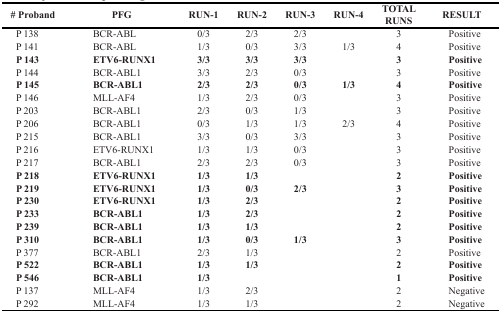
<table><thead><tr><td><b># Proband</b></td><td><b>PFG</b></td><td><b>RUN-1</b></td><td><b>RUN-2</b></td><td><b>RUN-3</b></td><td><b>RUN-4</b></td><td><b>TOTAL RUNS</b></td><td><b>RESULT</b></td></tr></thead><tbody><tr><td>P 138</td><td>BCR-ABL</td><td>0/3</td><td>2/3</td><td>2/3</td><td>[EMPTY_CELL]</td><td>3</td><td>Positive</td></tr><tr><td>P 141</td><td>BCR-ABL</td><td>1/3</td><td>0/3</td><td>3/3</td><td>1/3</td><td>4</td><td>Positive</td></tr><tr><td><b>P 143</b></td><td><b>ETV6-RUNX1</b></td><td><b>3/3</b></td><td><b>3/3</b></td><td><b>3/3</b></td><td>[EMPTY_CELL]</td><td><b>3</b></td><td><b>Positive</b></td></tr><tr><td>P 144</td><td>BCR-ABL1</td><td>3/3</td><td>2/3</td><td>0/3</td><td>[EMPTY_CELL]</td><td>3</td><td>Positive</td></tr><tr><td><b>P 145</b></td><td><b>BCR-ABL1</b></td><td><b>2/3</b></td><td><b>2/3</b></td><td><b>0/3</b></td><td><b>1/3</b></td><td><b>4</b></td><td><b>Positive</b></td></tr><tr><td>P 146</td><td>MLL-AF4</td><td>1/3</td><td>2/3</td><td>0/3</td><td>[EMPTY_CELL]</td><td>3</td><td>Positive</td></tr><tr><td>P 203</td><td>BCR-ABL1</td><td>2/3</td><td>0/3</td><td>1/3</td><td>[EMPTY_CELL]</td><td>3</td><td>Positive</td></tr><tr><td>P 206</td><td>BCR-ABL1</td><td>0/3</td><td>1/3</td><td>1/3</td><td>2/3</td><td>4</td><td>Positive</td></tr><tr><td>P 215</td><td>BCR-ABL1</td><td>3/3</td><td>0/3</td><td>3/3</td><td>[EMPTY_CELL]</td><td>3</td><td>Positive</td></tr><tr><td>P 216</td><td>ETV6-RUNX1</td><td>1/3</td><td>1/3</td><td>0/3</td><td>[EMPTY_CELL]</td><td>3</td><td>Positive</td></tr><tr><td>P 217</td><td>BCR-ABL1</td><td>2/3</td><td>2/3</td><td>0/3</td><td>[EMPTY_CELL]</td><td>3</td><td>Positive</td></tr><tr><td><b>P 218</b></td><td><b>ETV6-RUNX1</b></td><td><b>1/3</b></td><td><b>1/3</b></td><td>[EMPTY_CELL]</td><td>[EMPTY_CELL]</td><td><b>2</b></td><td><b>Positive</b></td></tr><tr><td><b>P 219</b></td><td><b>ETV6-RUNX1</b></td><td><b>1/3</b></td><td><b>0/3</b></td><td><b>2/3</b></td><td>[EMPTY_CELL]</td><td><b>3</b></td><td><b>Positive</b></td></tr><tr><td><b>P 230</b></td><td><b>ETV6-RUNX1</b></td><td><b>1/3</b></td><td><b>2/3</b></td><td>[EMPTY_CELL]</td><td>[EMPTY_CELL]</td><td><b>2</b></td><td><b>Positive</b></td></tr><tr><td><b>P 233</b></td><td><b>BCR-ABL1</b></td><td><b>1/3</b></td><td><b>2/3</b></td><td>[EMPTY_CELL]</td><td>[EMPTY_CELL]</td><td><b>2</b></td><td><b>Positive</b></td></tr><tr><td><b>P 239</b></td><td><b>BCR-ABL1</b></td><td><b>1/3</b></td><td><b>1/3</b></td><td>[EMPTY_CELL]</td><td>[EMPTY_CELL]</td><td><b>2</b></td><td><b>Positive</b></td></tr><tr><td><b>P 310</b></td><td><b>BCR-ABL1</b></td><td><b>1/3</b></td><td><b>0/3</b></td><td><b>1/3</b></td><td>[EMPTY_CELL]</td><td><b>3</b></td><td><b>Positive</b></td></tr><tr><td>P 377</td><td>BCR-ABL1</td><td>2/3</td><td>1/3</td><td>[EMPTY_CELL]</td><td>[EMPTY_CELL]</td><td>2</td><td>Positive</td></tr><tr><td><b>P 522</b></td><td><b>BCR-ABL1</b></td><td><b>1/3</b></td><td><b>1/3</b></td><td>[EMPTY_CELL]</td><td>[EMPTY_CELL]</td><td><b>2</b></td><td><b>Positive</b></td></tr><tr><td><b>P 546</b></td><td><b>BCR-ABL1</b></td><td><b>1/3</b></td><td>[EMPTY_CELL]</td><td>[EMPTY_CELL]</td><td>[EMPTY_CELL]</td><td><b>1</b></td><td><b>Positive</b></td></tr><tr><td>P 137</td><td>MLL-AF4</td><td>1/3</td><td>2/3</td><td>[EMPTY_CELL]</td><td>[EMPTY_CELL]</td><td>2</td><td>Negative</td></tr><tr><td>P 292</td><td>MLL-AF4</td><td>1/3</td><td>1/3</td><td>[EMPTY_CELL]</td><td>[EMPTY_CELL]</td><td>2</td><td>Negative</td></tr></tbody></table>